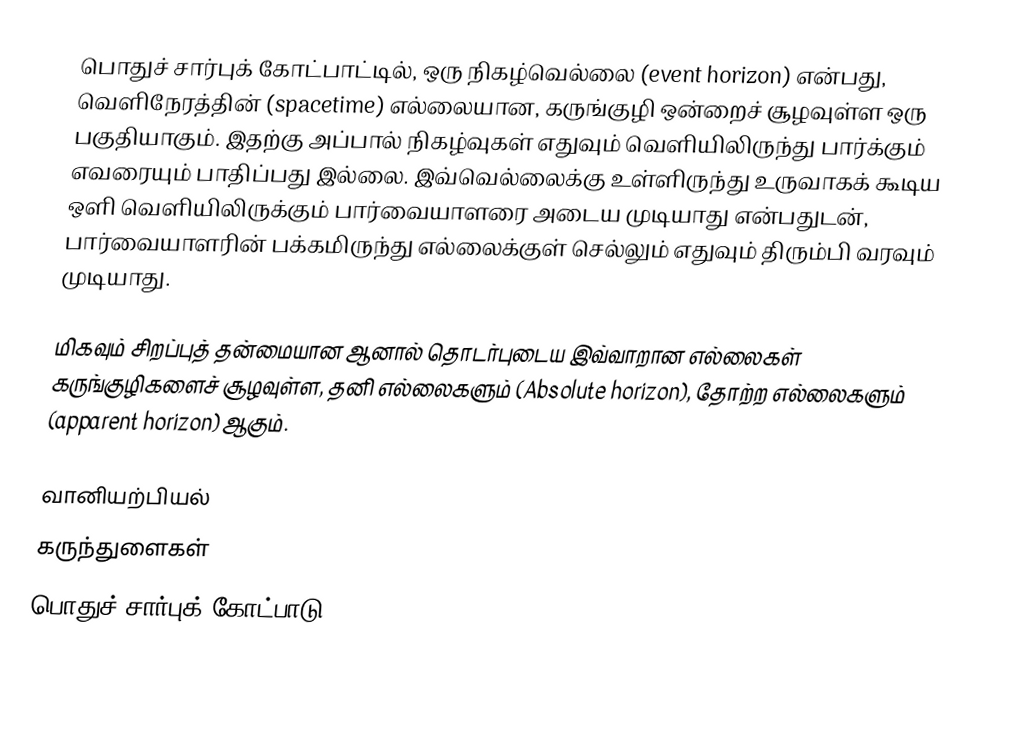
பொதுச் சார்புக் கோட்பாட்டில், ஒரு நிகழ்வெல்லை (event horizon) என்பது, வெளிநேரத்தின் (spacetime) எல்லையான, கருங்குழி ஒன்றைச் சூழவுள்ள ஒரு பகுதியாகும். இதற்கு அப்பால் நிகழ்வுகள் எதுவும் வெளியிலிருந்து பார்க்கும் எவரையும் பாதிப்பது இல்லை. இவ்வெல்லைக்கு உள்ளிருந்து உருவாகக் கூடிய ஒளி வெளியிலிருக்கும் பார்வையாளரை அடைய முடியாது என்பதுடன், பார்வையாளரின் பக்கமிருந்து எல்லைக்குள் செல்லும் எதுவும் திரும்பி வரவும் முடியாது.

மிகவும் சிறப்புத் தன்மையான ஆனால் தொடர்புடைய இவ்வாறான எல்லைகள் கருங்குழிகளைச் சூழவுள்ள, தனி எல்லைகளும் (Absolute horizon), தோற்ற எல்லைகளும் (apparent horizon) ஆகும்.

வானியற்பியல்
கருந்துளைகள்
பொதுச் சார்புக் கோட்பாடு